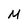
Character: M